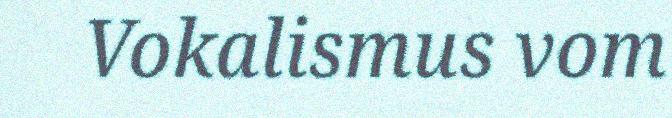
Vokalismus vom